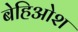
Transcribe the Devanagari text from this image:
बेहिओश